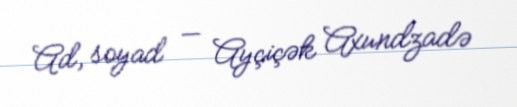
Ad, soyad — Ayçiçək Axundzadə